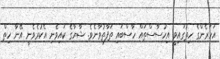
އަހަރެންގެ ހިތުގައިވީ އިހުސާސްތައް ހާސްބައި ތަފާތުވާނެވެ. ޝާޔާގެ ކައިވެނި އެކުރެވެނީ އޭނާ ހިތް